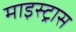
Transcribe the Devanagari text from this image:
माइस्ट्रास